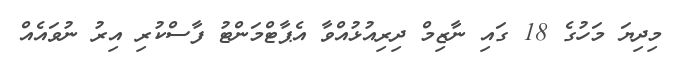
މިދިޔަ މަހުގެ 18 ގައި ނާޒިމް ދިރިއުޅުއްވާ އެޕާޓްމަންޓު ފާސްކުރިި އިރު ނުވައެއް